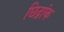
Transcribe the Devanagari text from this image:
छिद्रांक